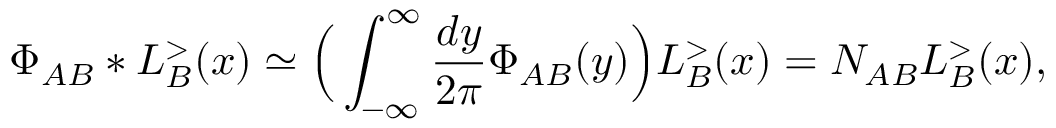
\Phi _ { A B } * L _ { B } ^ { > } ( x ) \simeq \Big ( \int _ { - \infty } ^ { \infty } \frac { d y } { 2 \pi } \Phi _ { A B } ( y ) \Big ) L _ { B } ^ { > } ( x ) = N _ { A B } L _ { B } ^ { > } ( x ) ,